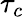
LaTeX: \tau_{c}